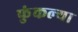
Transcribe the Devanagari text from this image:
फुंकल्या